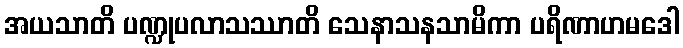
အယသာတိ ပဏ္ဍုပလာသဿာတိ သေနာသနသာမိကာ ပရိဏာဟမဒေါ